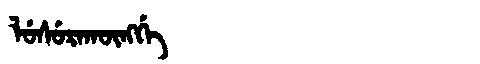
Manchu: ᠯᡠᠰᡠᡵᠠᡴᡡᠩᡤᡝ
Romanization: LUSURAKŪNGGE